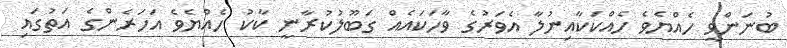
ބުނަންވީ ހެއްޔެވެ ހެއްކަކާއިނުލާ އެވަރުގެ ވާހަކައެއް ގަބޫލުކުރާނީ ކާކު ހެއްޔެވެ އަހަރެންގެ އަތުގައި